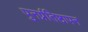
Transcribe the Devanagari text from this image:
पुनर्प्रतिष्ठापन